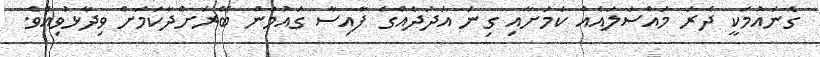
ގެނައުމަކީ ދެރަ މައްސަލައެއް ކަމަށާއި ގިނަ އަދަދެއްގެ ފާއިސާ ގައުމުން ބޭރަށްދާކަމަށް ވިދާޅުވިއެވެ.